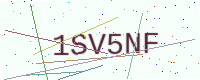
Text: 1SV5NF